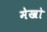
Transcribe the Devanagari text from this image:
मेखो